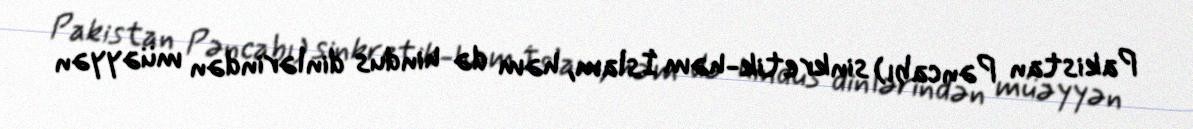
Pakistan Pəncabı) sinkretik-həm İslam, həm də hindus dinlərindən müəyyən